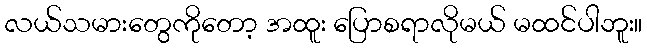
လယ်သမားတွေကိုတော့ အထူး ပြောစရာလိုမယ် မထင်ပါဘူး။